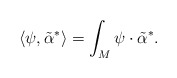
\begin{align*}\langle \psi, \tilde{\alpha}^* \rangle= \int_M \psi\cdot \tilde{\alpha}^* .\end{align*}